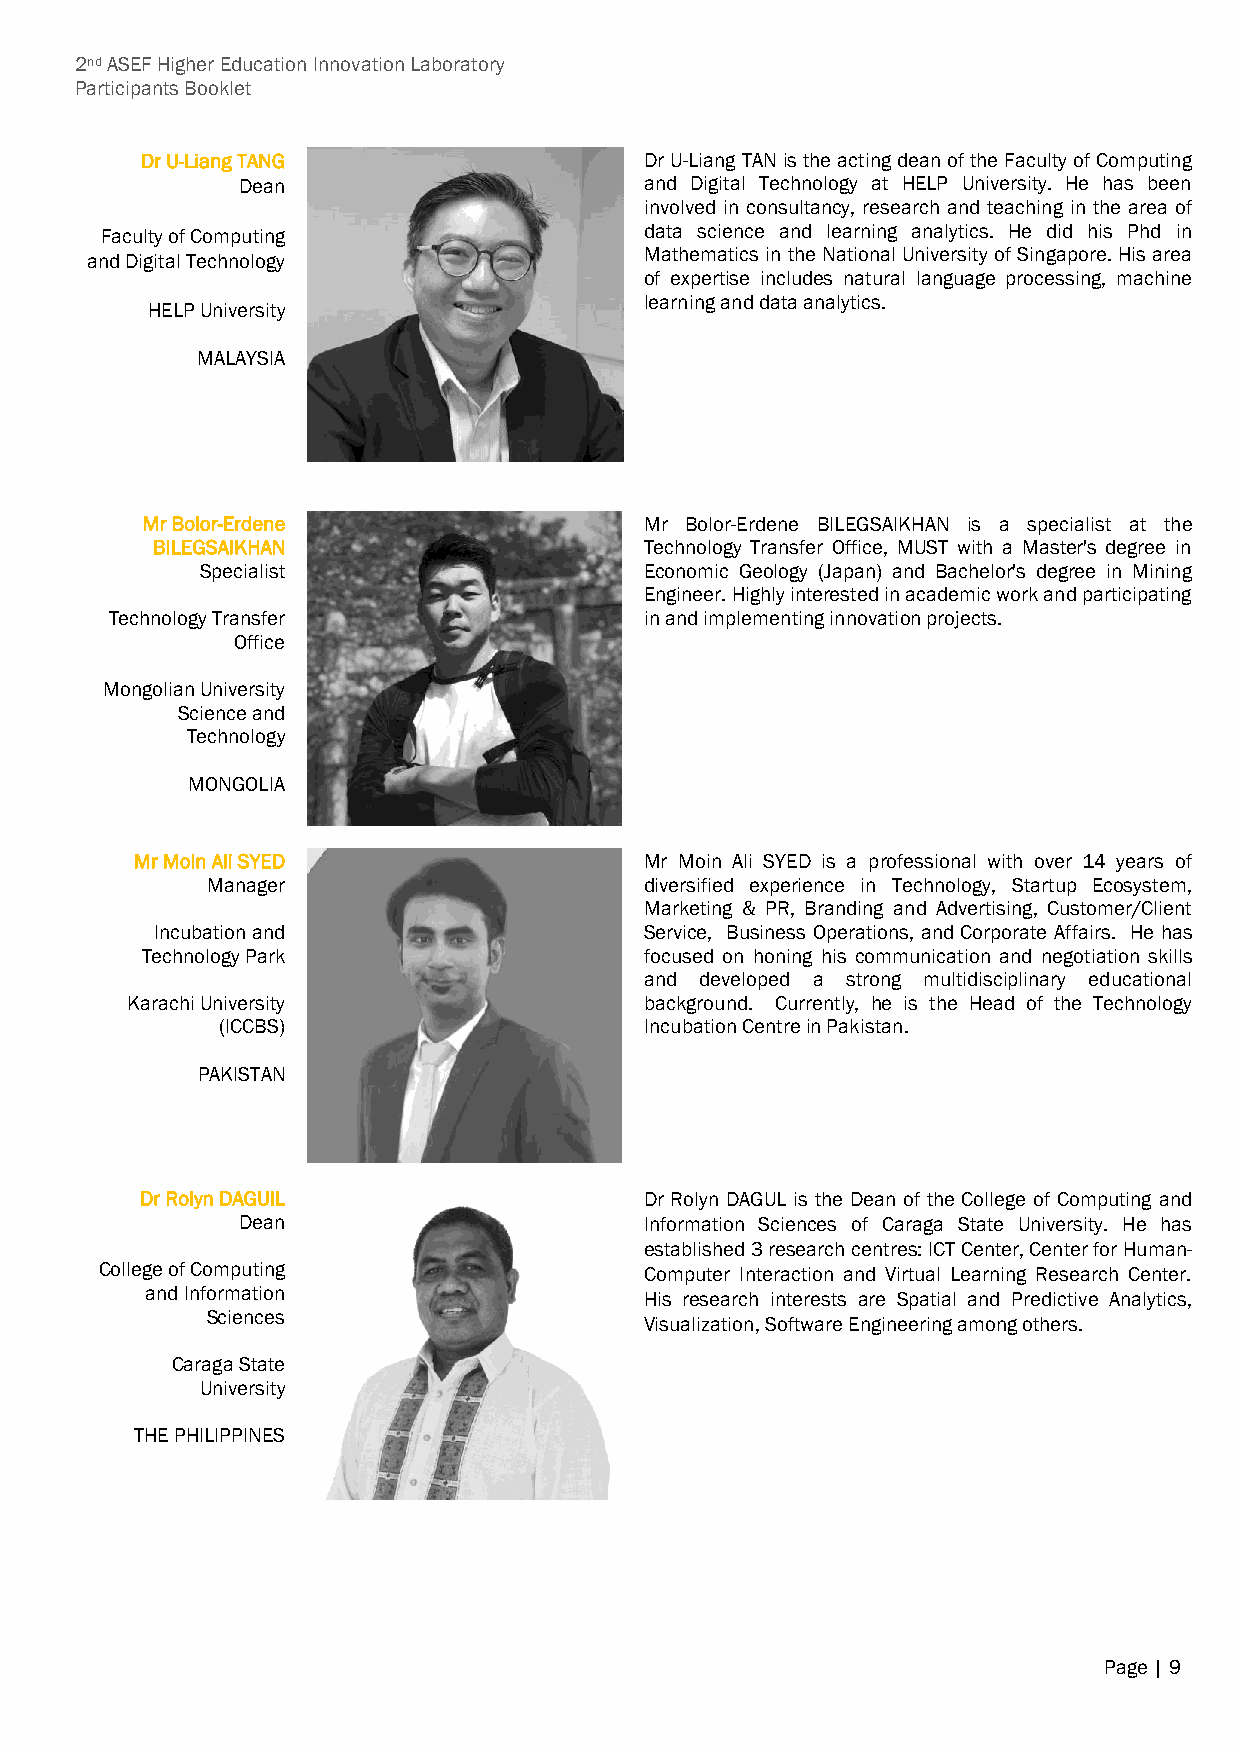
2nd ASEF Higher Education Innovation Laboratory
 Participants Booklet
 Dr U-Liang TANG                   Dr U-Liang TAN is the acting dean of the Faculty of Computing
 Dean                       and Digital Technology at HELP University. He has been
 involved in consultancy, research and teaching in the area of
 Faculty of Computing                data science and learning analytics. He did his Phd in
 Mathematics in the National University of Singapore. His area
 and Digital Technology
 of expertise includes natural language processing, machine
 learning and data analytics.
 HELP University
 MALAYSIA
 Mr Bolor-Erdene                   Mr Bolor-Erdene BILEGSAIKHAN is a specialist at the
 BILEGSAIKHAN                     Technology Transfer Office, MUST with a Master's degree in
 Specialist                    Economic Geology (Japan) and Bachelor's degree in Mining
 Engineer. Highly interested in academic work and participating
 Technology Transfer                 in and implementing innovation projects.
 Office
 Mongolian University
 Science and
 Technology
 MONGOLIA
 Mr Moin Ali SYED                  Mr Moin Ali SYED is a professional with over 14 years of
 Manager                      diversified experience in Technology, Startup Ecosystem,
 Marketing & PR, Branding and Advertising, Customer/Client
 Incubation and                   Service, Business Operations, and Corporate Affairs. He has
 Technology Park                   focused on honing his communication and negotiation skills
 and developed a strong multidisciplinary educational
 Karachi University                 background. Currently, he is the Head of the Technology
 (ICCBS)                     Incubation Centre in Pakistan.
 PAKISTAN
 Dr Rolyn DAGUIL                   Dr Rolyn DAGUL is the Dean of the College of Computing and
 Dean                       Information Sciences of Caraga State University. He has
 established 3 research centres: ICT Center, Center for Human-
 College of Computing                Computer Interaction and Virtual Learning Research Center.
 and Information
 His research interests are Spatial and Predictive Analytics,
 Sciences
 Visualization, Software Engineering among others.
 Caraga State
 University
 THE PHILIPPINES
 Page | 9